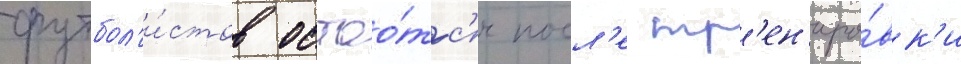
футбол'и́стов остао́тс'я посл'е тр'ен'иро́вк'и